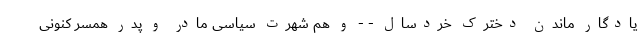
یادگار ماندن دخترک خردسال - - و هم شهرت سیاسی مادر و پدر همسر کنونی